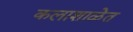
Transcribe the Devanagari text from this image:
कलाशाळेत